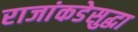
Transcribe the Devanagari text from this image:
राजांकडेसुद्धा